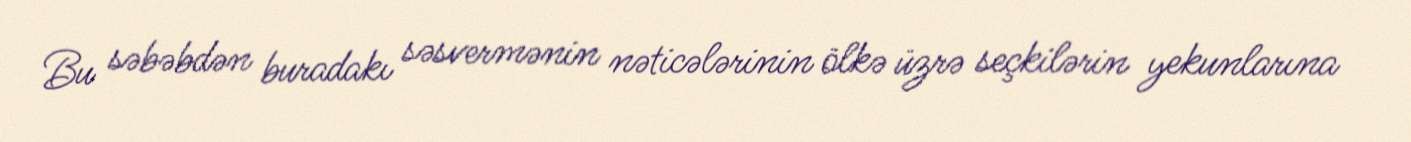
Bu səbəbdən buradakı səsvermənin nəticələrinin ölkə üzrə seçkilərin yekunlarına